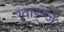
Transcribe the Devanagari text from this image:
ग्वाङ्ग्जु